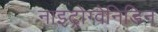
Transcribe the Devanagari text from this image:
नाइट्रोग्वेनिडिन